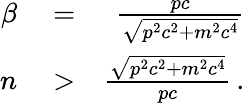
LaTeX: \begin{array}{rlr}{\beta}&{{}=}&{\frac{pc}{\sqrt{p^{2}c^{2}+m^{2}c^{4}}}}\\ {n}&{{}>}&{\frac{\sqrt{p^{2}c^{2}+m^{2}c^{4}}}{pc}\, .}\end{array}